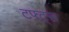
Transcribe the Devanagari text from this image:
टफ्ट्‌स